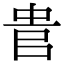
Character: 𠳋